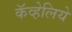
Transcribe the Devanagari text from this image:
कॅव्हेलिये